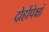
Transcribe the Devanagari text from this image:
दोहोंपेक्षां